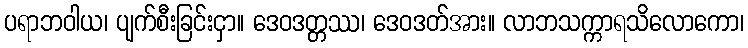
ပရာဘဝါယ၊ ပျက်စီးခြင်းငှာ။ ဒေဝဒတ္တဿ၊ ဒေဝဒတ်အား။ လာဘသက္ကာရသိလောကော၊